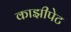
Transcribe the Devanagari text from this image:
काझीपेट